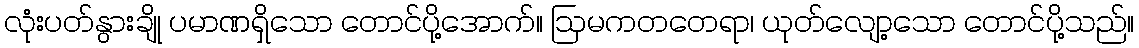
လုံးပတ်နွားချို ပမာဏရှိသော တောင်ပို့အောက်။ ဩမကတတေရာ၊ ယုတ်လျော့သော တောင်ပို့သည်။